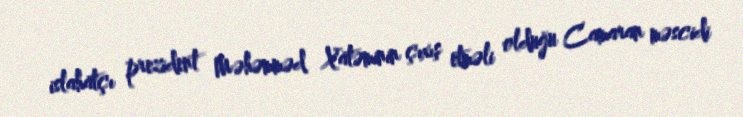
islahatçı prezident Məhəmməd Xatəminin çıxış etməli olduğu Camaran məscidi